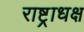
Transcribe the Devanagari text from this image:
राष्ट्राधक्ष